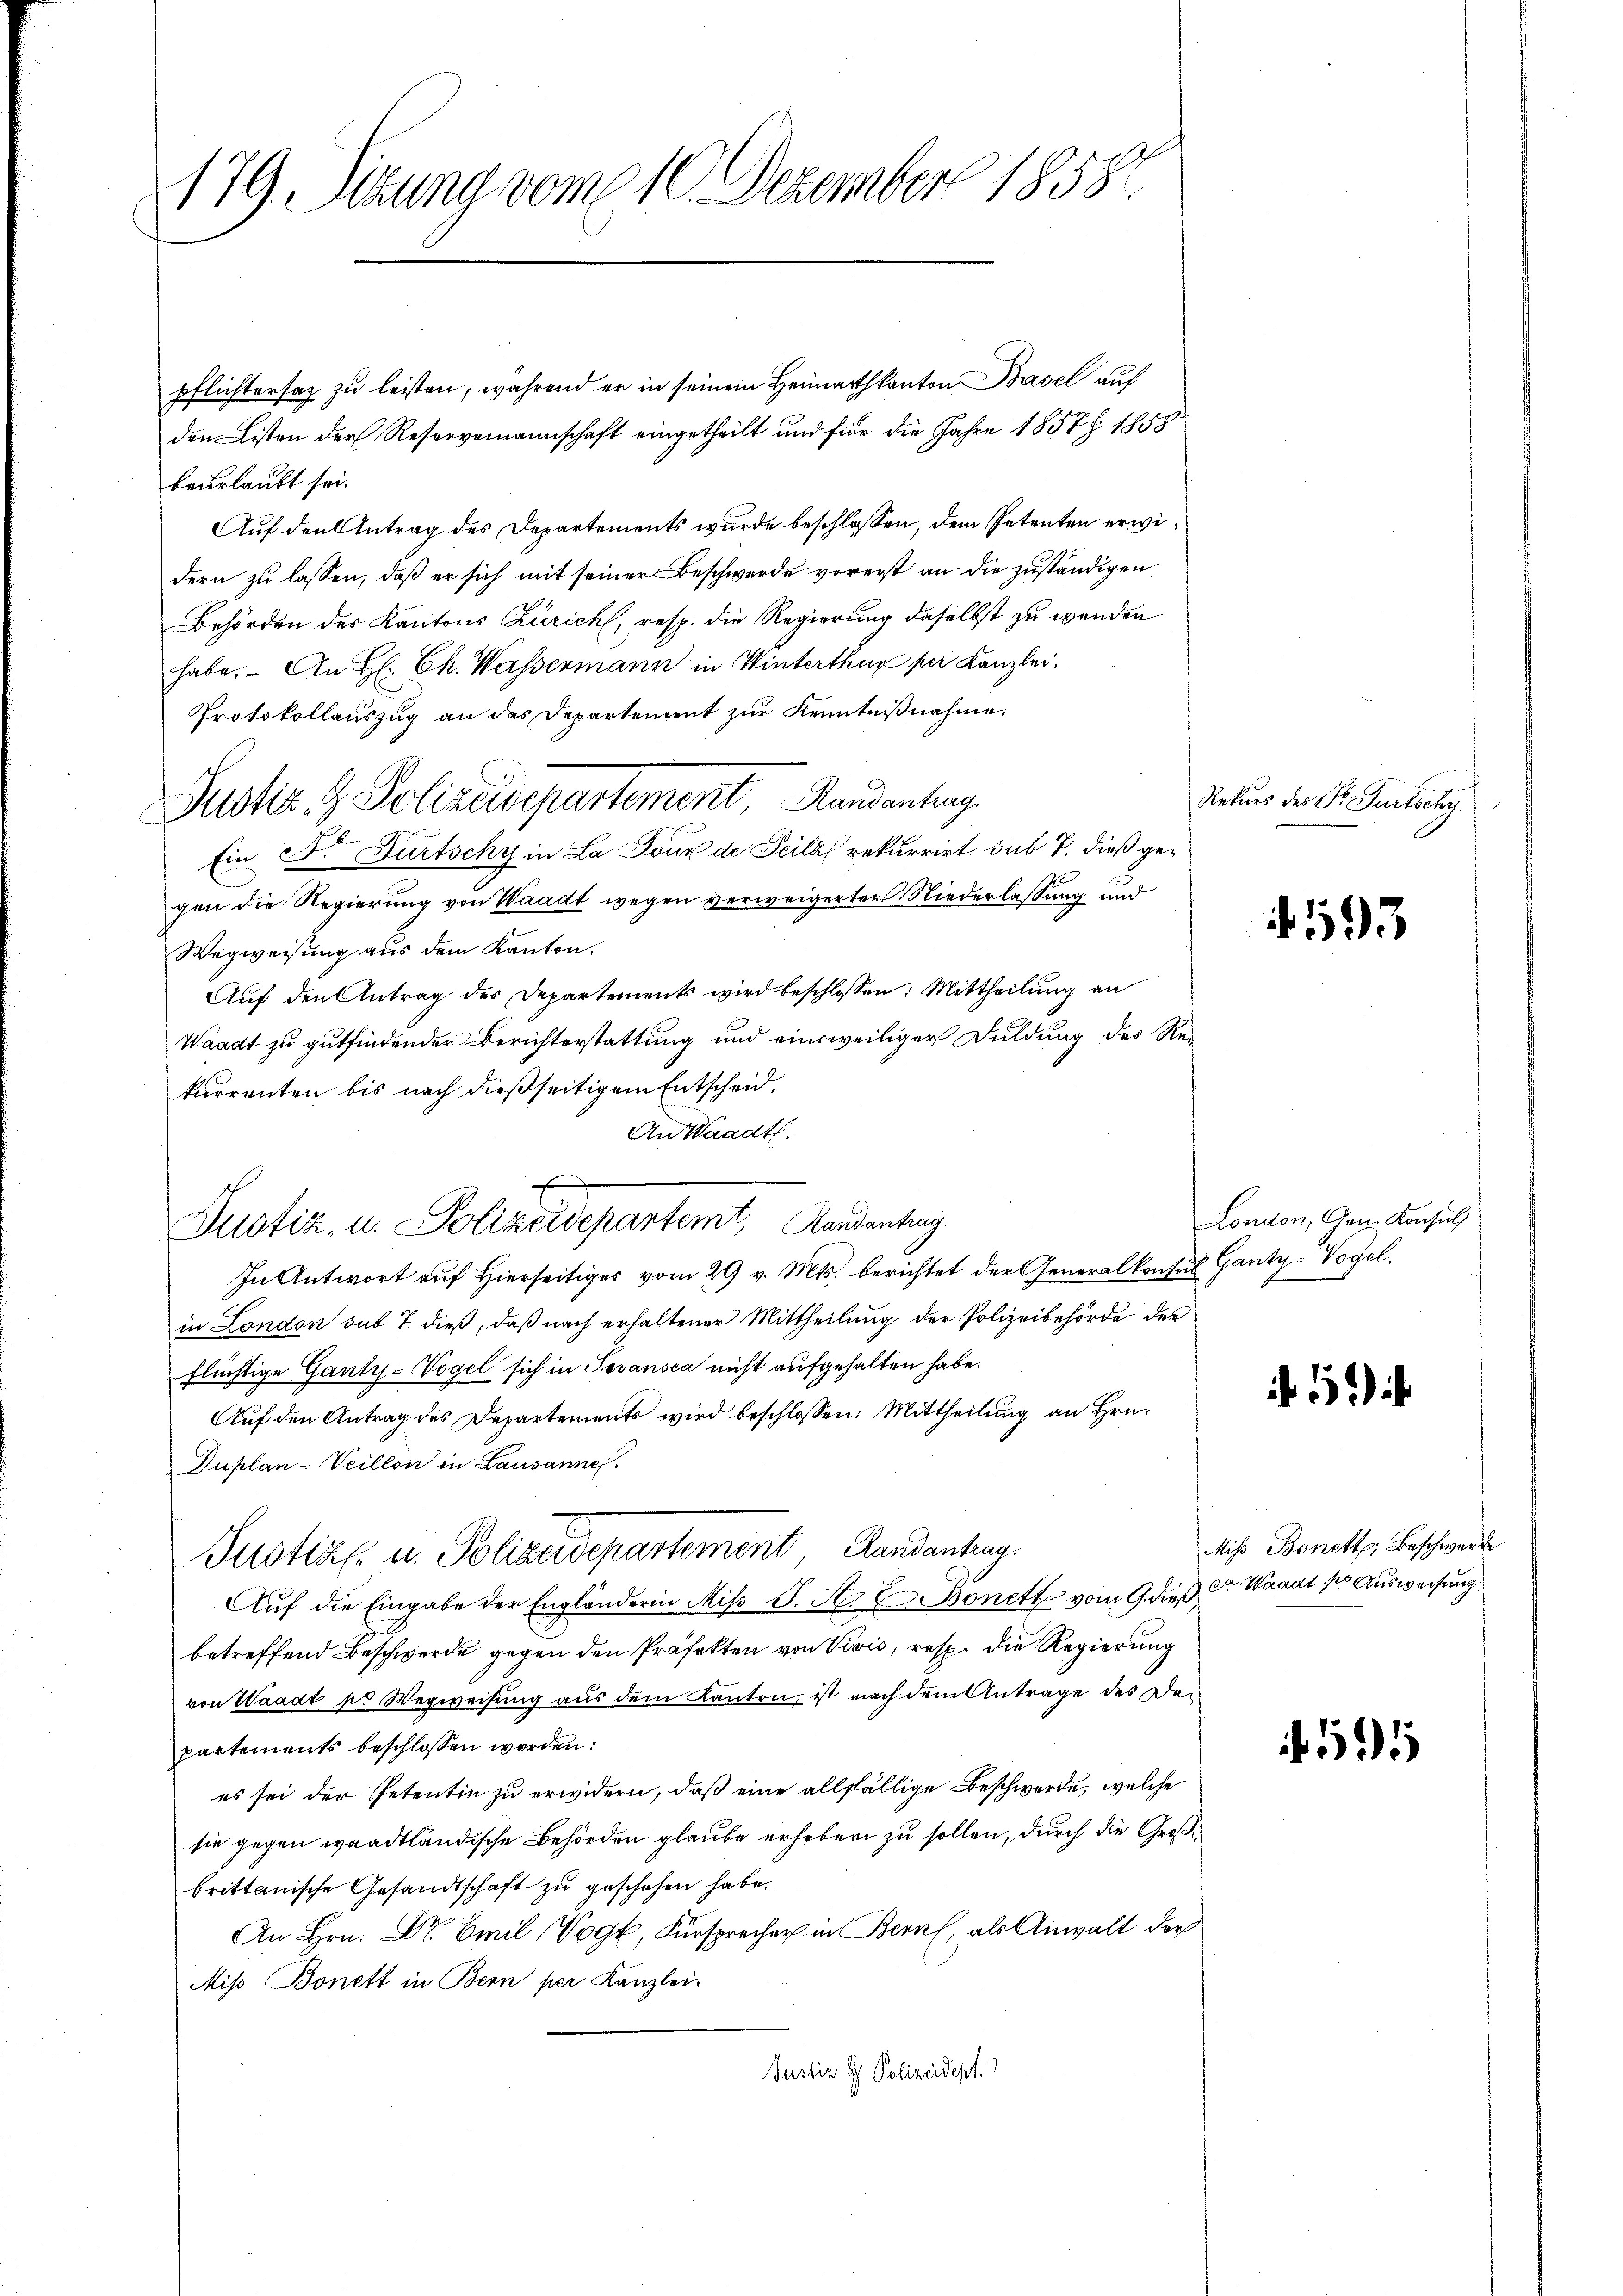
179. Sitzung vom 10. Dezember 18582.

pflichtersaz zu leisten, während er in seinem Heimathkanton Basel auf
den Listen der Reservermannschaft eingetheilt und für die Jahre 1857 § 1858
beurlaubt sei.
Auf den Antrag des Departements wurde beschlossen, dem Petenten erwidern zu lassen, daß er sich mit seiner Beschwerde vorerst an die zuständigen
Behörden des Kantons Zürich, resp. die Regierung daselbst zu werden
habe. An H: Ch. Wassermann in Winterthur per Kanzlei.
Protokollauszug an das Departement zur Kenntnißnahme.
Ein Dr Furtschy in La Joux de Seiles rekurrirt sub 7. dieß gegen die Regierung von Waadt wegen verweigerter Niederlassung und
Wegweisung aus dem Kanton.
Auf den Antrag des Departements wird beschlossen: Mittheilung an
Waadt zu gutfindender Berichterstattung und einweiliger Duldung des Rekarrenten bis nach dießseitigem Entscheid.
An Waadt.
In Antwort auf Hierseitiges vom 29 v. Mts. berichtet der Generalkonsul Ganty-Vogel.
in London sub T. dieß, daß nach erhaltener Mittheilung der Polizeibehörde der
flüchtige Gantz-Vogel sich in Tevansca nicht aufgehalten habe.
Auf den Antrag des Departements wird beschlossen: Mittheilung an Hrn.
Duplan-Veillon in Lausanne.
Justiz- u. Polizeidepartement Landantrag
Auf die Eingabe der Engländerin Miß S. A. Bonett vom 9. dieß der Waadt pr Ausweisung.
betreffend Beschwerde gegen den Präfekten von Vivis, resp. die Regierung
von Waadt ss Wegweisung aus dem Kanton, ist nach dem Antrage des Departements beschlossen worden:
es sei der Petentin zu erwidern, daß eine allfällige Beschwerde, welche
sie gegen waadtländische Behörden glaube erheben zu sollen, durch die Große
brittanische Gesandtschaft zu geschehen habe.
An Hrn. Dr Emil Vogt, Fürsprecher in Bern, als Anwalt der
Mis Bonett in Bern per Kanzlei-
Justiz & Polizeidept.

Justiz- & Polizeidepartement, Randantrag.

Justiz, u. Polizeidepartemt, Kandentrag

Rekurs der Fr. Gürtschy.

593

London, Gen. Konsul

5)

Mis Bonett, Beschwerde

591